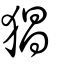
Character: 猖